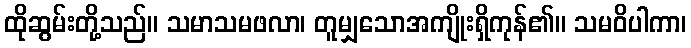
ထိုဆွမ်းတို့သည်။ သမာသမဖလာ၊ တူမျှသောအကျိုးရှိကုန်၏။ သမဝိပါကာ၊